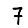
Digit: 7